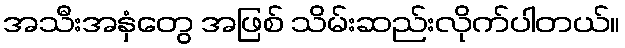
အသီးအနှံတွေ အဖြစ် သိမ်းဆည်းလိုက်ပါတယ်။